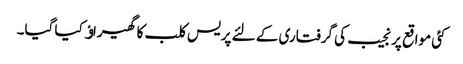
کئی مواقع پر نجیب کی گرفتاری کے لئے پریس کلب کا گھیراﺅ کیا گیا۔